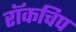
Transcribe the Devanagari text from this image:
रॉकचिप